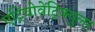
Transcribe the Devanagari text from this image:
एट्रियोवेंट्रिक्युलर